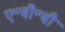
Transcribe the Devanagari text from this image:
ए॰बी॰बी